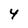
Character: 4